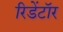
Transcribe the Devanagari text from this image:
रिडेंटॉर